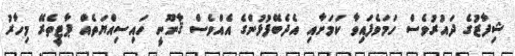
ޝިފާޒުގެ ދައުރުވެސް ހަމަވެފައިވާ ކަމަށާއި އެދެބޭފުޅުންގެ އެއްވެސް ޤާނޫނީ ހައިސިއްޔަތެއް ޕާޓީތެރޭ މިހާރު